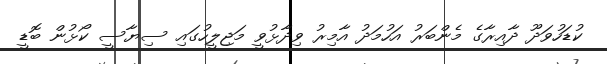
ކުޑަހުވަދޫ ދާއިރާގެ މެންބަރު އަހުމަދު އާމިރު ވިދާޅުވީ މަޖިލީހުގައި ސިޔާސީ ކޯޅުން ބޮޑީ